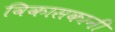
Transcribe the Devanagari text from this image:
विकासकानी